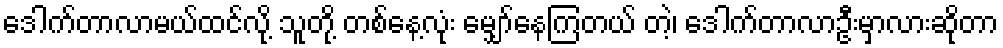
ဒေါက်တာလာမယ်ထင်လို့ သူတို့ တစ်နေ့လုံး မျှော်နေကြတယ် တဲ့၊ ဒေါက်တာလာဦးမှာလားဆိုတာ